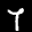
Label: 7